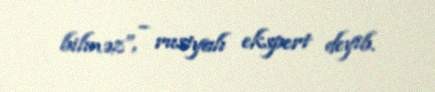
bilməz”, – rusiyalı ekspert deyib.